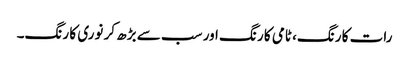
رات کا رنگ، ٹامی کا رنگ اور سب سے بڑھ کر نوری کا رنگ۔